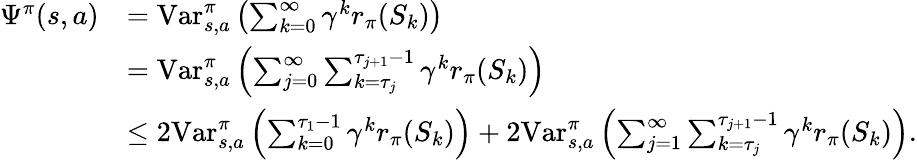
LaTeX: \begin{array}{rl}{\Psi^{\pi}(s,a)}&{=\mathrm{Var}_{s,a}^{\pi}\left(\sum_{k=0}^{\infty}\gamma^{k}r_{\pi}(S_{k})\right)}\\ &{=\mathrm{Var}_{s,a}^{\pi}\left(\sum_{j=0}^{\infty}\sum_{k={\tau_{j}}}^{\tau_{j+1}-1}\gamma^{k}r_{\pi}(S_{k})\right)}\\ &{\leq 2\mathrm{Var}_{s,a}^{\pi}\left(\sum_{k=0}^{\tau_{1}-1}\gamma^{k}r_{\pi}(S_{k})\right)+2\mathrm{Var}_{s,a}^{\pi}\left(\sum_{j=1}^{\infty}\sum_{k={\tau_{j}}}^{\tau_{j+1}-1}\gamma^{k}r_{\pi}(S_{k})\right).}\end{array}